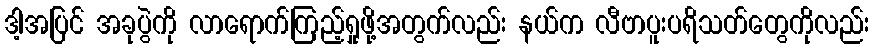
ဒါ့အပြင် အခုပွဲကို လာရောက်ကြည့်ရှုဖို့အတွက်လည်း နယ်က လီဗာပူးပရိသတ်တွေကိုလည်း